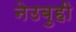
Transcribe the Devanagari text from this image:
नेउबुही